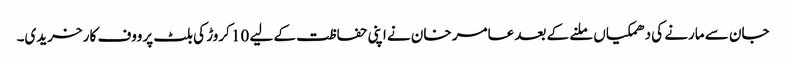
جان سے مارنے کی دھمکیاں ملنے کے بعد عامر خان نے اپنی حفاظت کے لیے 10 کروڑ کی بلٹ پرووف کار خریدی۔